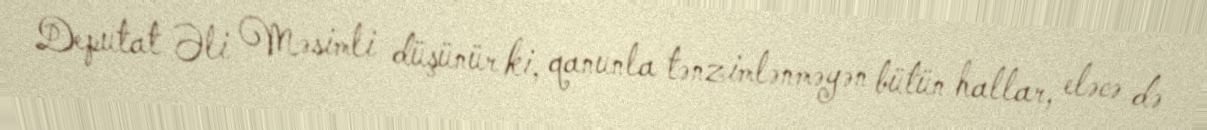
Deputat Əli Məsimli düşünür ki, qanunla tənzimlənməyən bütün hallar, eləcə də